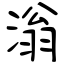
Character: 滃